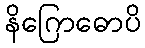
နိဂြောဓောပိ